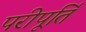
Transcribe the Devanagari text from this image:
परीपूर्ति